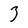
Character: 3